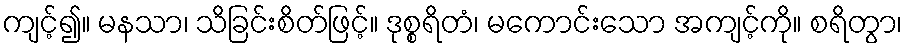
ကျင့်၍။ မနသာ၊ သိခြင်းစိတ်ဖြင့်။ ဒုစ္စရိတံ၊ မကောင်းသော အကျင့်ကို။ စရိတွာ၊